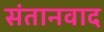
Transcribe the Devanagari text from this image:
संतानवाद